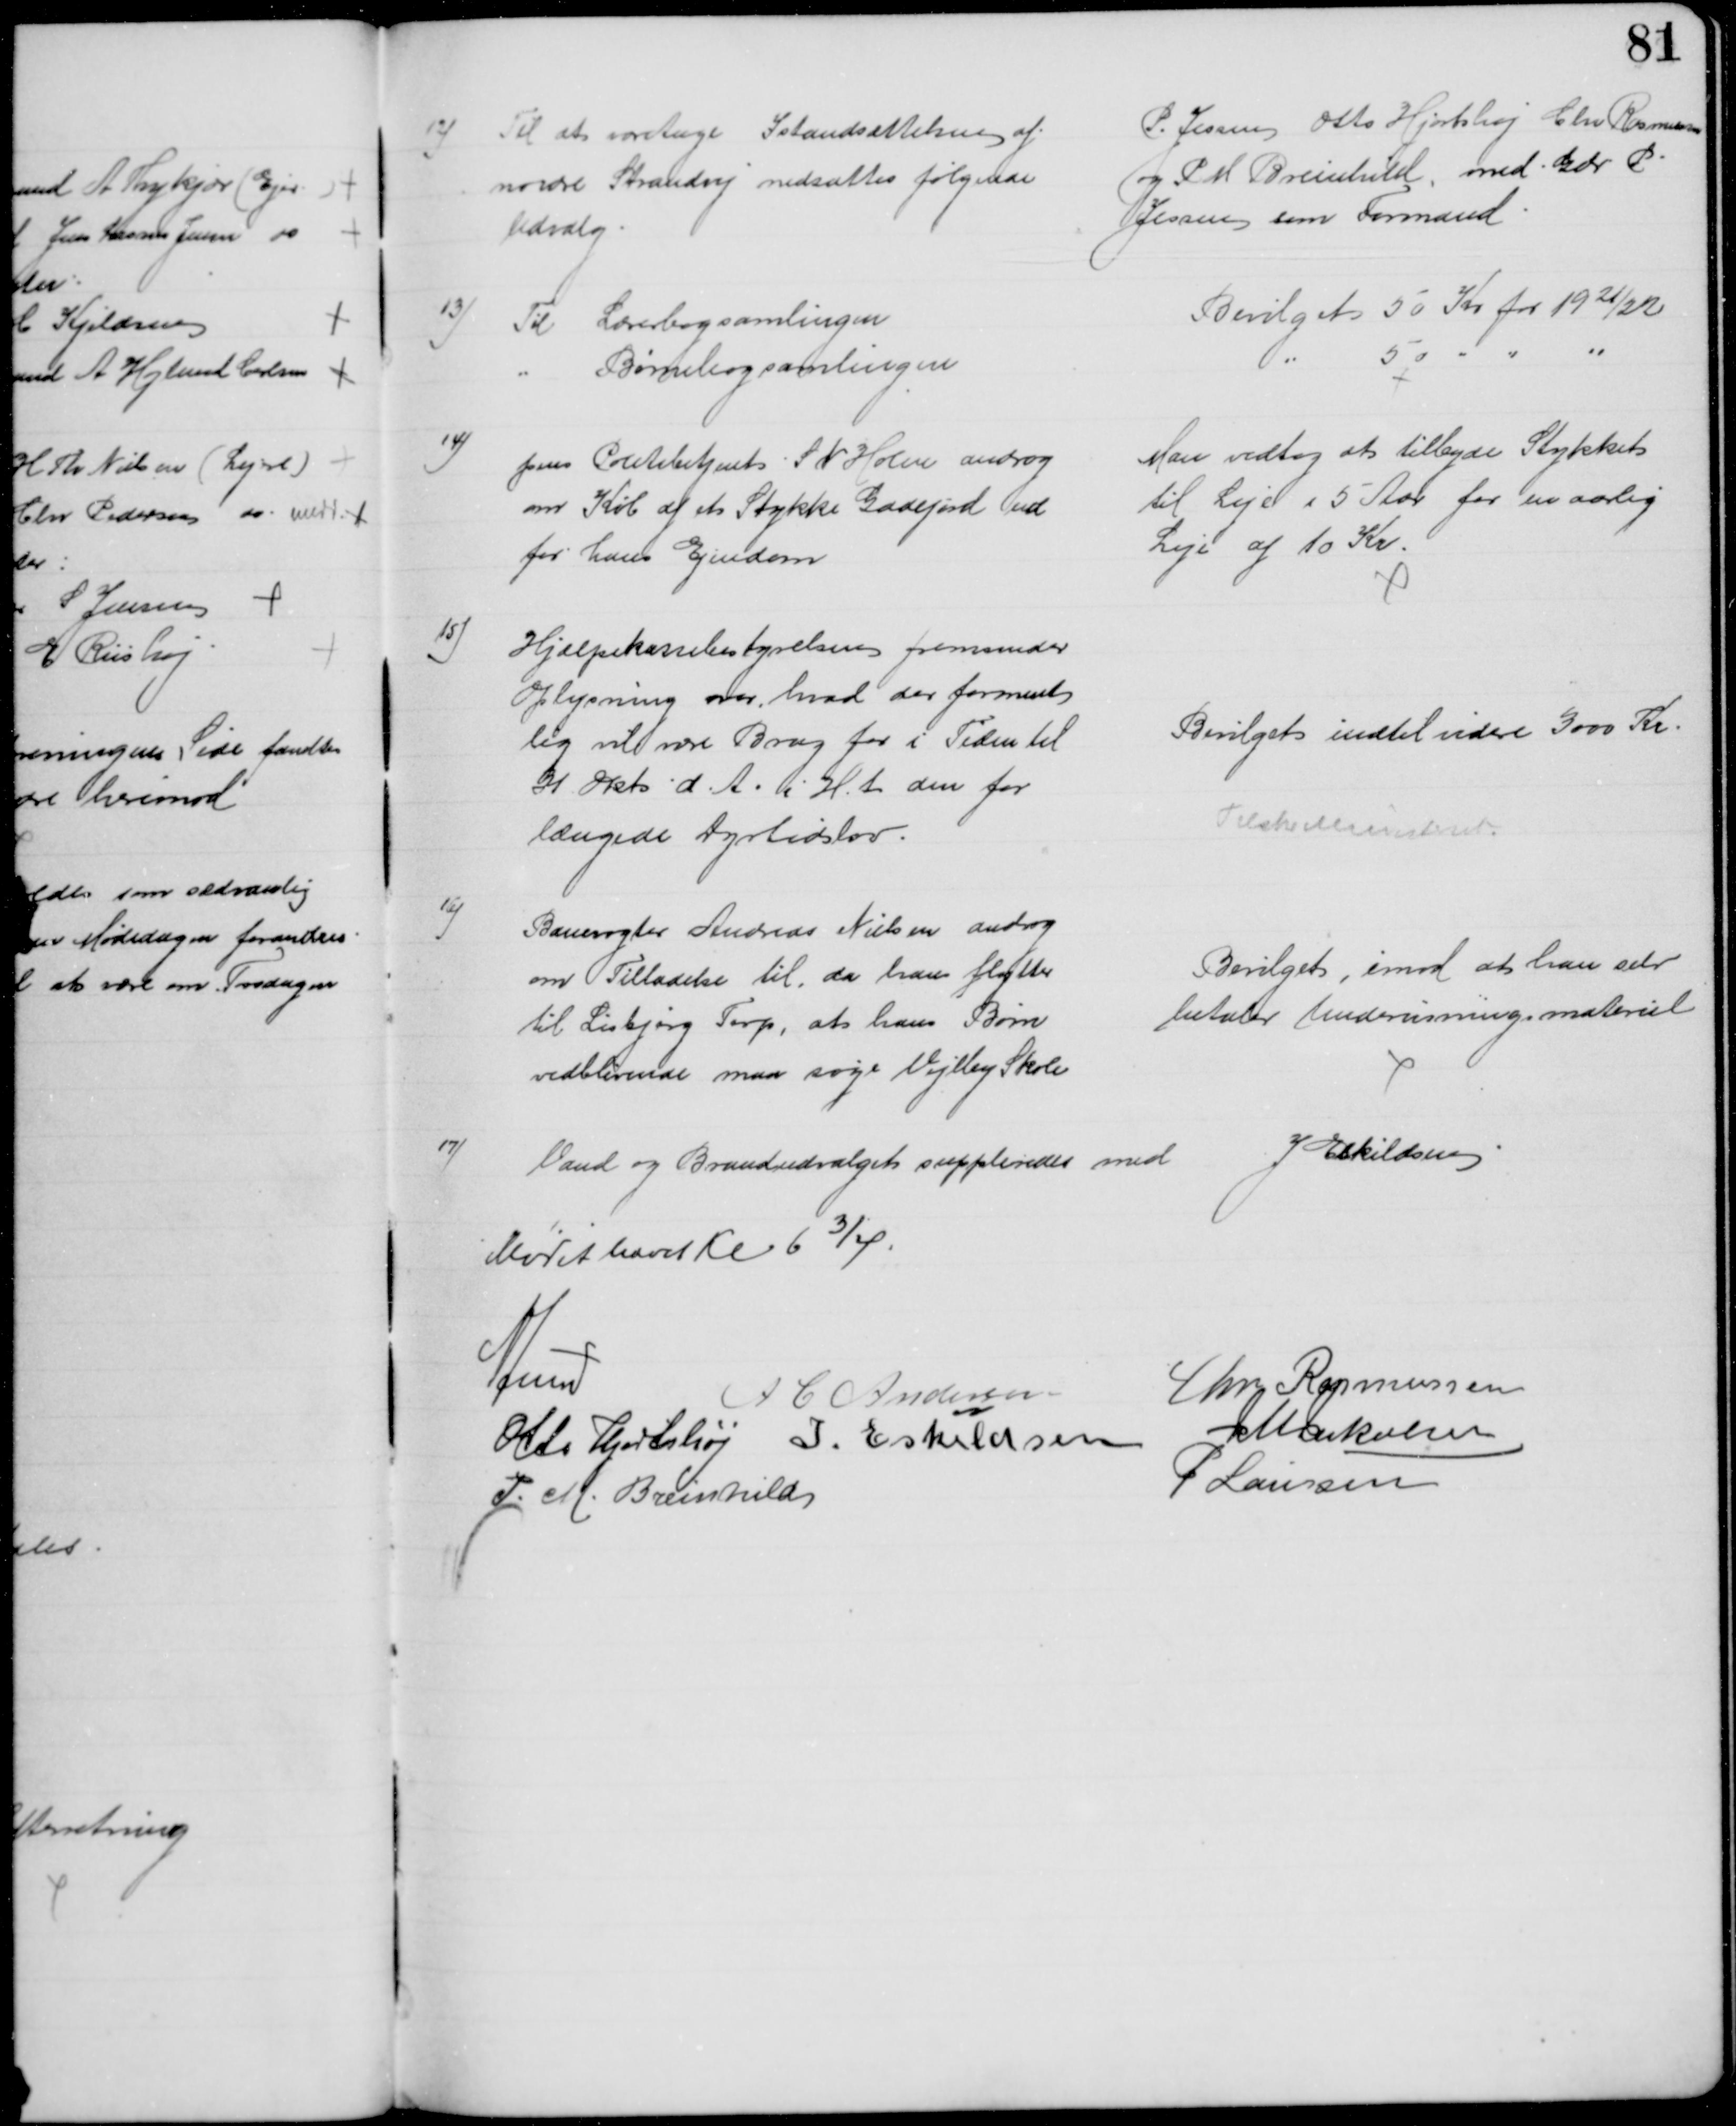
Transskription:
12) Til at foretage Istandsættelsen af
nordre Strandvej nedsættes følgende
Udvalg
P. Jessen Otto Hjortshøj Chr Rasmussen
og P M Breinhild, med Gdr P
Jessen som Formand
13) Til Lærerbogsamlingen
Bevilget 50 Kr for 1921/22
Børnebogsamlingen
50
14)
pens Politibetjent S N Holm androg
om Køb af et Stykke Gadejord ud
for hans Ejendom
Man vedtog at tilbyde Stykket
til Leje i 5 Aar for en aarlig
Leje af 10 Kr.
15)
Hjælpekassebestyrelsen fremsender
Oplysning over hvad der forment
lig vil være Brug for i Tiden til 
31 Okt. d. A. i H. t. den for
længede Dyrtidslov.
Bevilget indtil videre 3000 Kr.
Tilskr Ministeret
16)
Banevogter Andreas Nielsen androg
om Tilladelse til, da han flytter
til Lisbjerg Terp, at hans Børn
vedblivende maa søge Vejlby Skole
Bevilget, imod at han selv
betaler Undervisningsmateriel
17)
Vand og Brandudvalget suppleredes med
J Eskildsen
Mødet hævet Kl 6¾
A Lund
A C Andersen
Chr Rasmussen
Otto Hjortshøj I. Eskildsen
J M Jakobsen
P. M. Breinhild
P Laursen